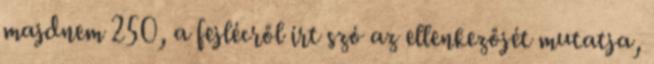
majdnem 250, a fejlécről írt szó az ellenkezőjét mutatja,